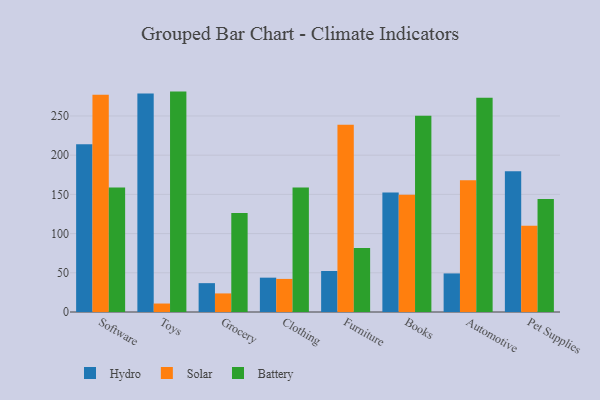
{"axis": {"x": "Category", "y": "Tickets Resolved"}, "legend": ["Battery", "Hydro", "Solar"], "data": [{"x": "Software", "y": 214.0, "type": "Hydro"}, {"x": "Software", "y": 277.0, "type": "Solar"}, {"x": "Software", "y": 158.7, "type": "Battery"}, {"x": "Toys", "y": 278.7, "type": "Hydro"}, {"x": "Toys", "y": 10.8, "type": "Solar"}, {"x": "Toys", "y": 281.1, "type": "Battery"}, {"x": "Grocery", "y": 36.8, "type": "Hydro"}, {"x": "Grocery", "y": 23.7, "type": "Solar"}, {"x": "Grocery", "y": 126.3, "type": "Battery"}, {"x": "Clothing", "y": 43.8, "type": "Hydro"}, {"x": "Clothing", "y": 42.2, "type": "Solar"}, {"x": "Clothing", "y": 158.7, "type": "Battery"}, {"x": "Furniture", "y": 52.3, "type": "Hydro"}, {"x": "Furniture", "y": 238.9, "type": "Solar"}, {"x": "Furniture", "y": 81.7, "type": "Battery"}, {"x": "Books", "y": 152.4, "type": "Hydro"}, {"x": "Books", "y": 149.7, "type": "Solar"}, {"x": "Books", "y": 250.2, "type": "Battery"}, {"x": "Automotive", "y": 49.2, "type": "Hydro"}, {"x": "Automotive", "y": 168.1, "type": "Solar"}, {"x": "Automotive", "y": 273.3, "type": "Battery"}, {"x": "Pet Supplies", "y": 179.6, "type": "Hydro"}, {"x": "Pet Supplies", "y": 109.9, "type": "Solar"}, {"x": "Pet Supplies", "y": 144.1, "type": "Battery"}]}